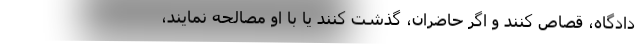
دادگاه، قصاص کنند و اگر حاضران، گذشت کنند یا با او مصالحه نمایند،